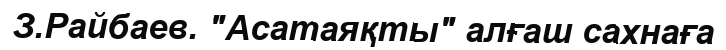
З.Райбаев. "Асатаяқты" алғаш сахнаға